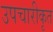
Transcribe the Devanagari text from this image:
उपचारीकृत